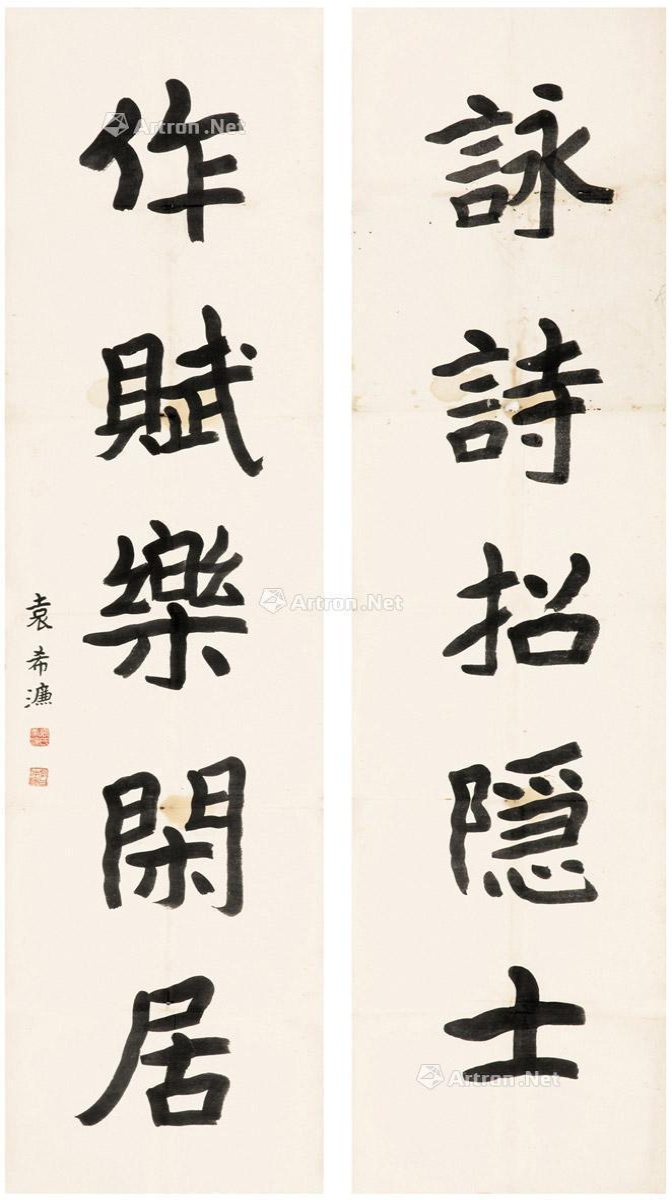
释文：咏诗招隐士，作赋乐闲居。袁希濂。